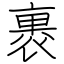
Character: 裹